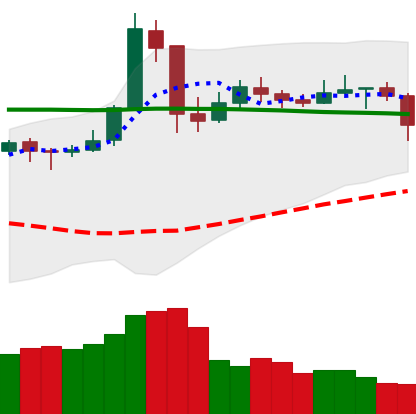
Ticker: NEO-USD
Chart end date: 2020-05-21
Forward return: 3.594%
Label: up_3_5